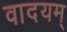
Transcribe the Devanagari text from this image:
वादयम्